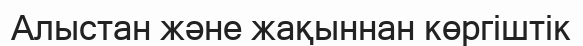
Алыстан және жақыннан көргіштік